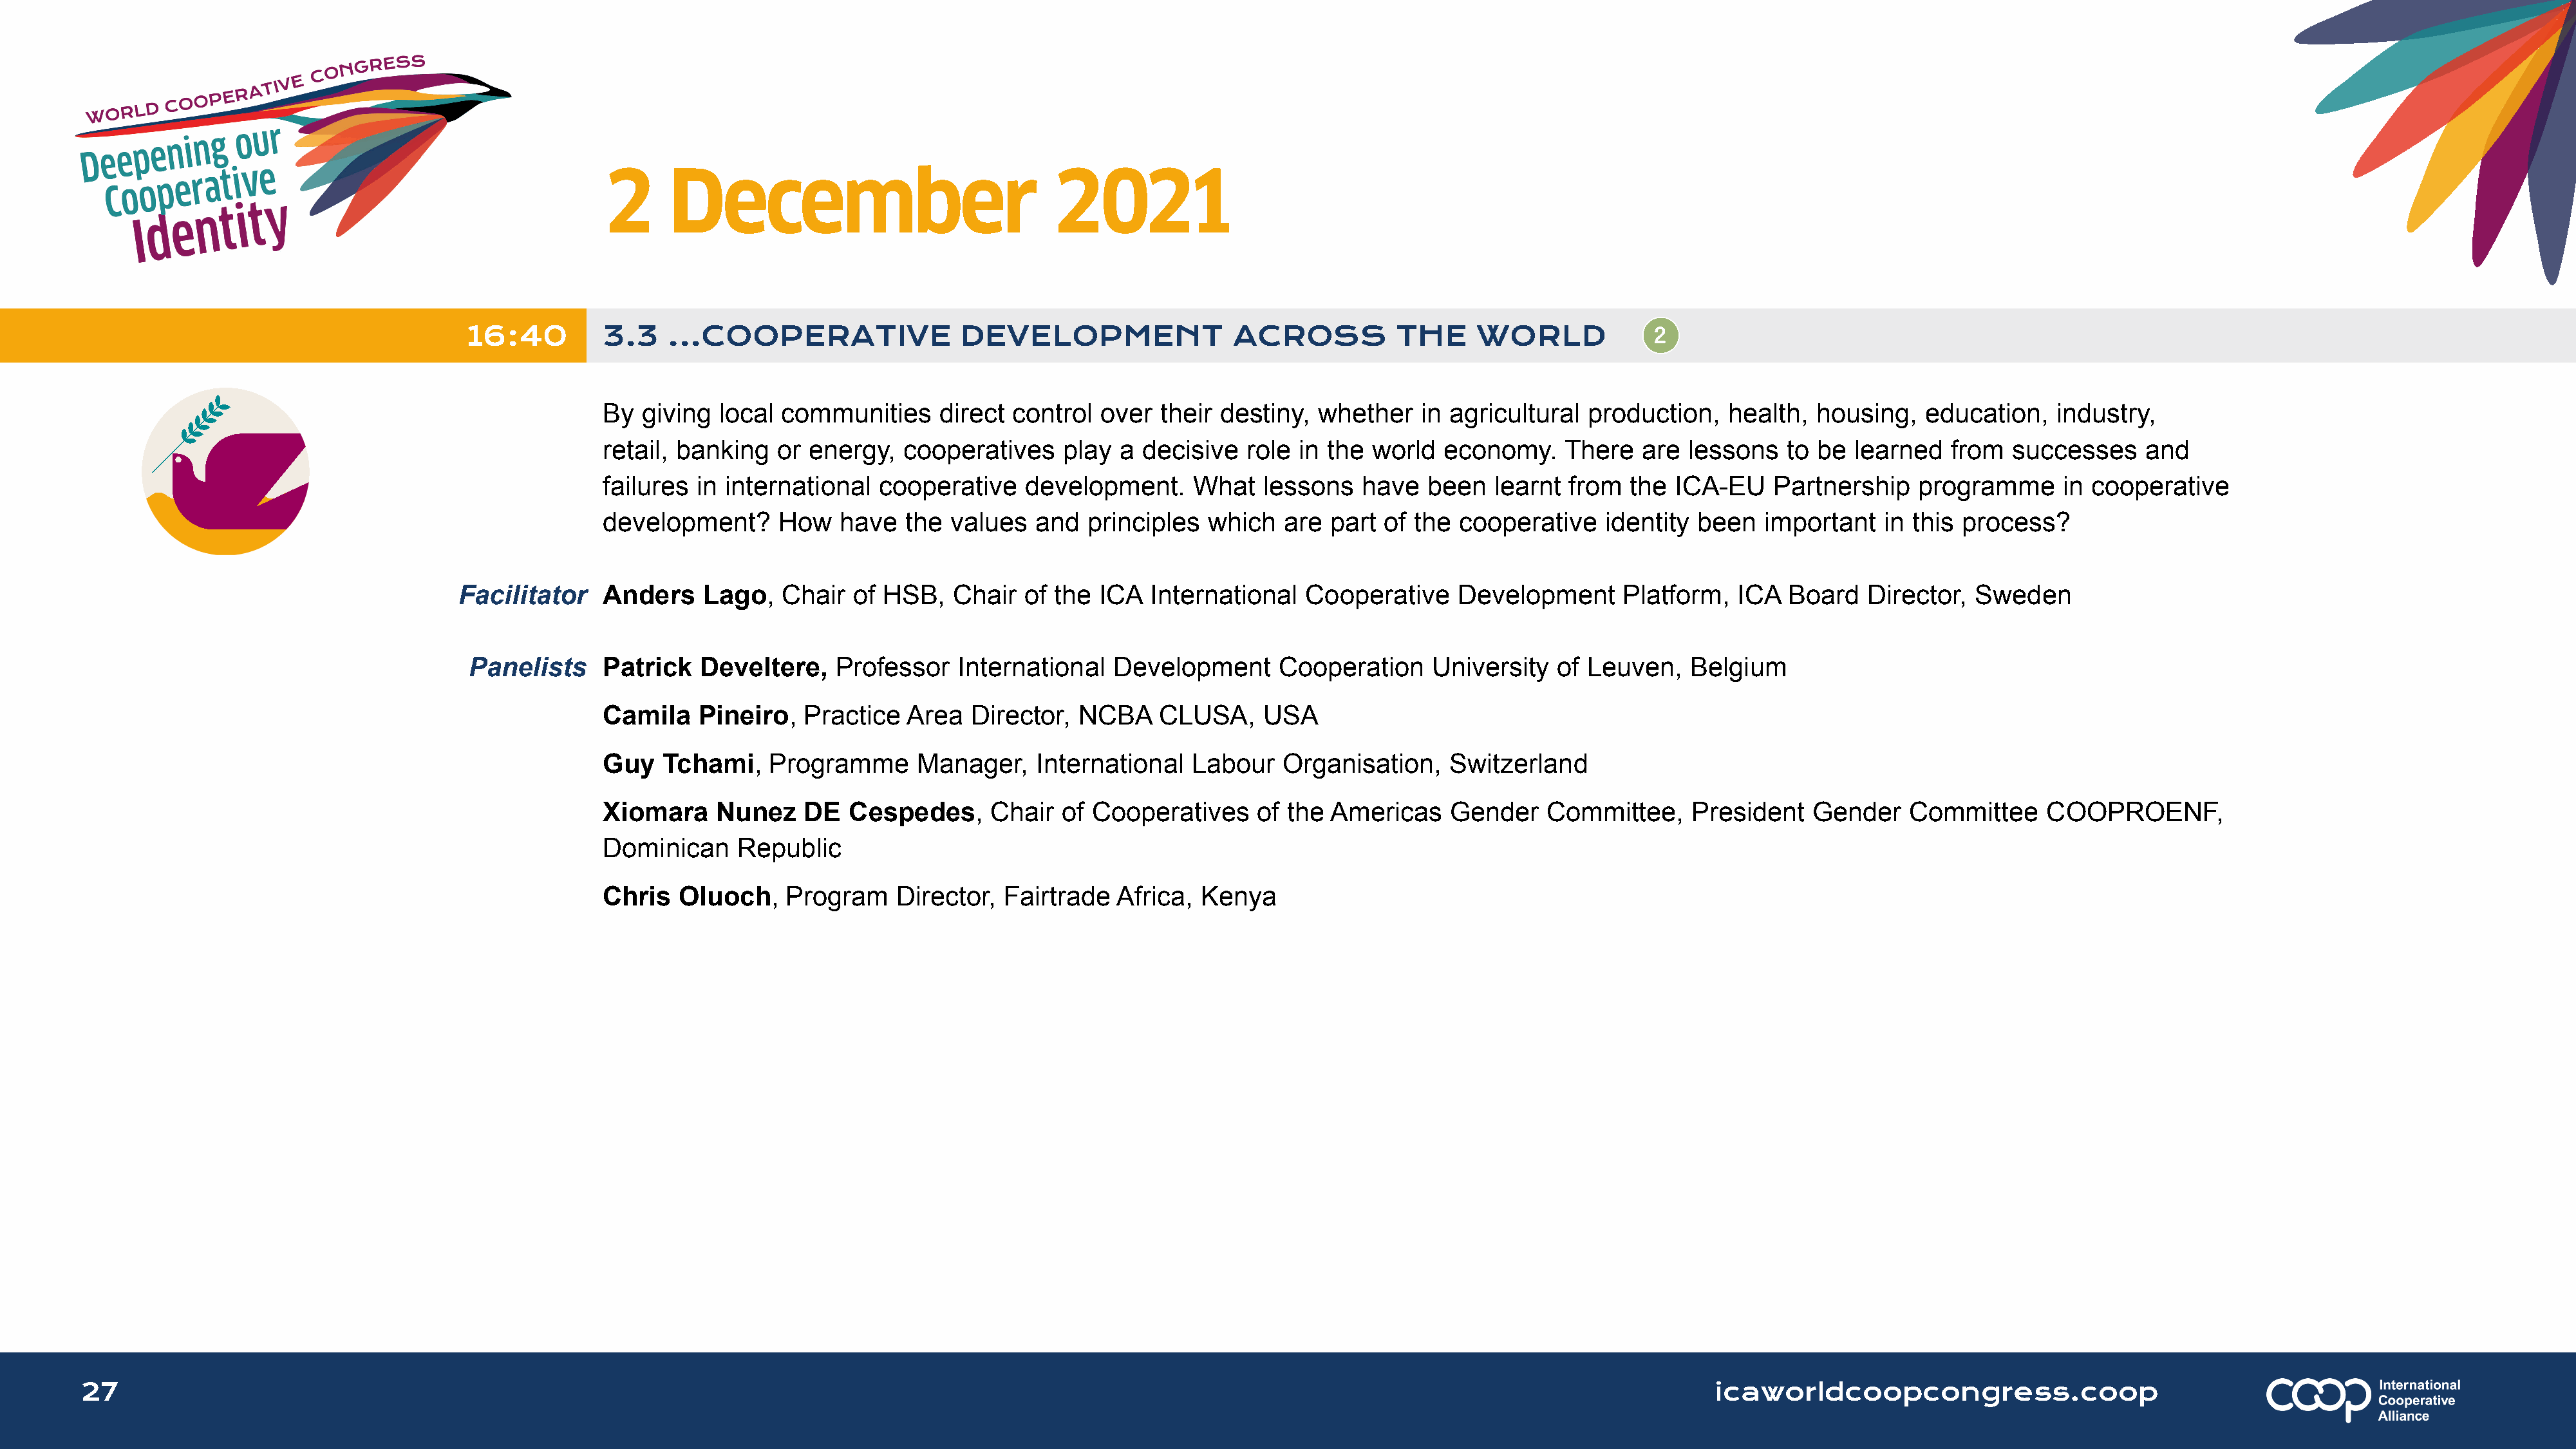
2      December                               2021
 16:40         3.3    ...COOPERATIVE                DEVELOPMENT                 ACROSS           THE     WORLD
 By  giving  local communities      direct control  over  their destiny,   whether   in agricultural  production,    health,  housing,   education,   industry,
 retail, banking   or energy,   cooperatives    play  a decisive   role  in the world  economy.     There   are  lessons   to be  learned   from  successes     and
 failures  in international  cooperative    development.      What   lessons   have   been   learnt from   the ICA-EU    Partnership    programme      in cooperative
 development?      How   have   the  values  and   principles  which   are  part of the  cooperative    identity  been  important    in this process?
 Facilitator    Anders    Lago,   Chair   of HSB,   Chair  of the  ICA  International   Cooperative     Development      Platform,   ICA  Board   Director,  Sweden
 Panelists     Patrick   Develtere,    Professor   International   Development      Cooperation     University   of Leuven,    Belgium
 Camila    Pineiro,   Practice  Area   Director,  NCBA    CLUSA,     USA
 Guy   Tchami,    Programme      Manager,     International  Labour    Organisation,    Switzerland
 Xiomara     Nunez    DE  Cespedes,      Chair  of Cooperatives     of the  Americas    Gender    Committee,     President   Gender    Committee     COOPROENF,
 Dominican     Republic
 Chris   Oluoch,    Program    Director,  Fairtrade   Africa, Kenya
 27                                                                                                                                                                      icaworldcoopcongress.coop